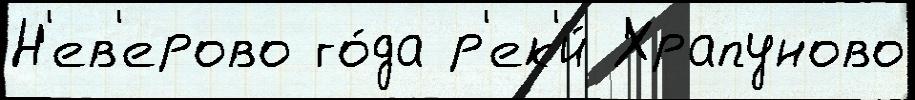
Н'ев'ерово го́да р'ек'и́ Храпуново